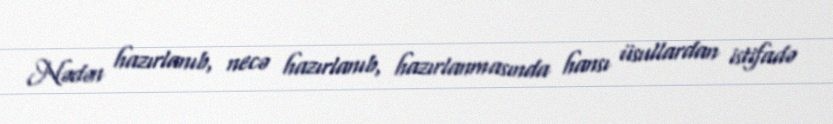
Nədən hazırlanıb, necə hazırlanıb, hazırlanmasında hansı üsullardan istifadə